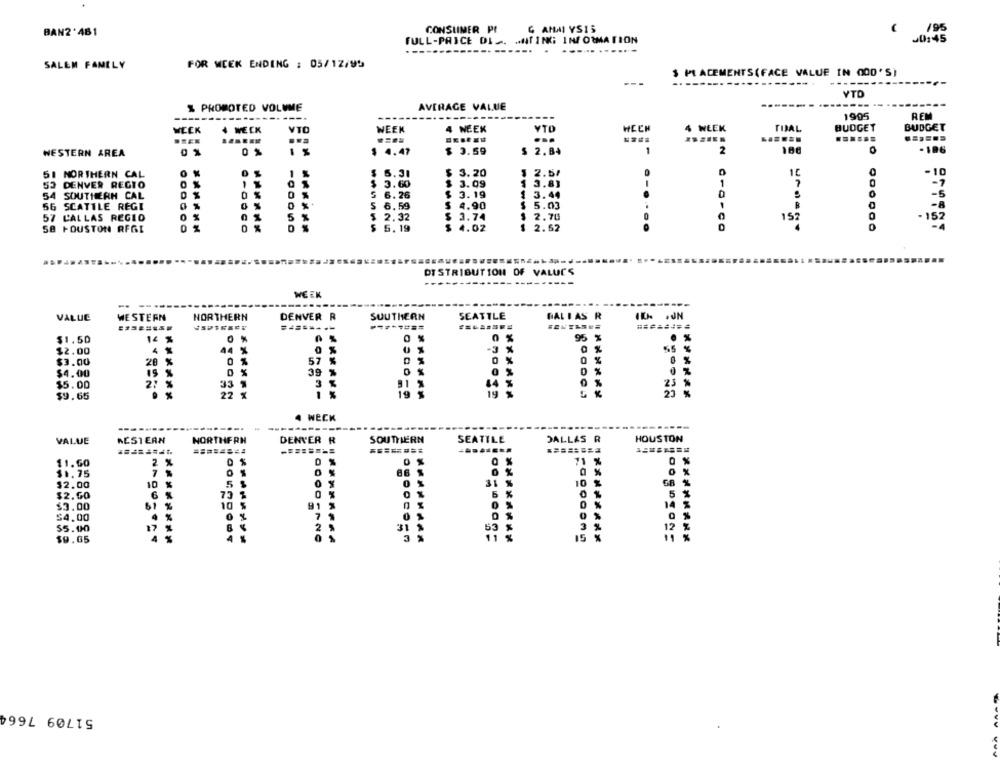
CONSUMER PI
G AMMI YSIS
BAN2'461
FULL-PRICE DIS. HATING INFORMATION
30.45
----
..........
SALEM FAMILY
FOR WEEK ENDING : 05/12/95
$ PLACEMENTS(FACE VALUE IN GOD'S)
---
----
-----
YTO
& PROMOTED VOLUME
AVERAGE VALUE
---
-----
---
----
1995
REM
WEEK
4 WECK
VTO
WEEK
4 WEEK
¥TO
HECH
WEEK
TIAL
BUDGET
BUDGET
...
......
WESTERN AREA
0 %
$ 4.47
$ 3.59
$ 2.84
1
2
0
-196
51 NORTHERN CAL
1 %
$ 5.31
$ 3.20
1 2.51
0
-10
53 DENVER REGTO
3.60
3.09
$ 3.83
1
- 7
$ 3.19
0
54 SOUTHERN CAL
0 %
5 6.26
$ 3.44
56 SCATTLE REGI
0 %
$ 6.59
$ 4.90
$ 5.03
1
0 %
5
152
57 L'ALLAS REGIO
2.32
$ 3.74
2.70
157
SB HOUSTON RFGI
$ 5. 19
$ 4.02
2.62
4
DISTRIBUTION OF VALUES
WEEK
VALUE
WESTERN
NORTHERN
DENVER R
SOUTHERN
SEATTLE
GALI AS R
========
$1.50
14 %
0 %
. .
0 %
95 %
. %
$2.00
4 %
44 %
-3
55
$3.00
20 %
0 %
57 %
$4.00
15 %
0 %
39 %
0
D %
$5.00
27
%
91
25
19
19
%
$9.65
4 WECK
...
NORTHERN
SOUTHERN
SEATTLE
DALLAS R
HOUSTON
VALUE
WESTERN
DENVER R
========
11.60
2 %
0 $
0 %
71 %
0 %
0 %
86 %
$1.75
7 %
0 %
$2.00
10 %
5 3
0
31 %
10 %
G8 %
$2.00
0 %
5 %
6 %
73 %
$3.00
61 %
10 $
0
14 %
$4.00
7 9
$5.00
17
2 5
31
53 %
12
$9.65
3
11
15
%
51709 7664